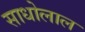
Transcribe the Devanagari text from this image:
साधोलाल